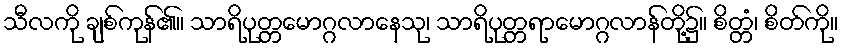
သီလကို ချစ်ကုန်၏။ သာရိပုတ္တမောဂ္ဂလာနေသု၊ သာရိပုတ္တရာမောဂ္ဂလာန်တို့၌။ စိတ္တံ၊ စိတ်ကို။